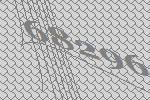
68296